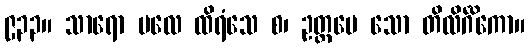
၉၃၃။ သာရော ဗလေ ထိရံသေ စ၊ ဥတ္တမေ သော တိလိင်္ဂိကော။